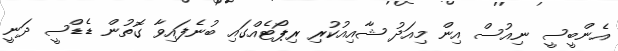
އެންބީސީ ނިއުސް އިން މިއަދު ޝާއިއުކުރި ރިޕޯޓެއްގައި ބުނެފައިވާ ގޮތުން ޑެޑްސީ ދަނީ